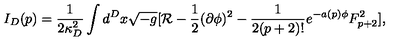
I _ { D } ( p ) = { \frac { 1 } { 2 \kappa _ { D } ^ { 2 } } } \int d ^ { D } x \sqrt { - g } [ { \cal R } - { \frac { 1 } { 2 } } ( \partial \phi ) ^ { 2 } - { \frac { 1 } { 2 ( p + 2 ) ! } } e ^ { - a ( p ) \phi } F _ { p + 2 } ^ { 2 } ] ,